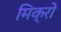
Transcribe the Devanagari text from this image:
मिक्रो